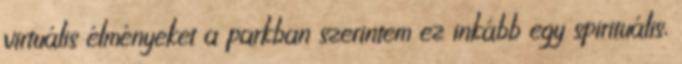
virtuális élményeket a parkban szerintem ez inkább egy spirituális,